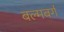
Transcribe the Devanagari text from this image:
बल्मबर्ग